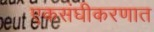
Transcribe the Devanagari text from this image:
एकसंघीकरणात